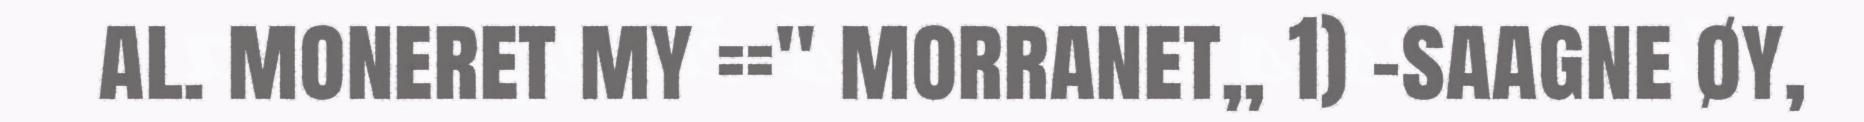
al. moneret my ==" morranet,, 1) -saagne øy,